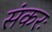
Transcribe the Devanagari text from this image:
संकरः